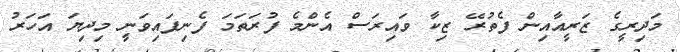
މަދިރީގެ ޒަރީއާއިން ފެތުރޭ ޒިކާ ވައިރަސް އެންމެ ފުރަތަމަ ފެނިފައިވަނީ މިދިޔަ އަހަރު